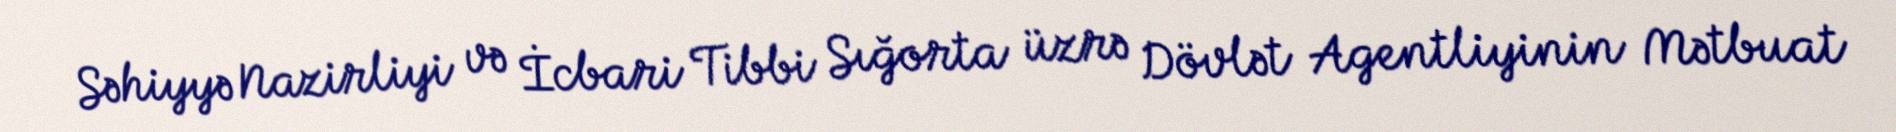
Səhiyyə Nazirliyi və İcbari Tibbi Sığorta üzrə Dövlət Agentliyinin Mətbuat